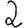
Digit: 2